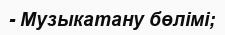
- Музыкатану бөлімі;